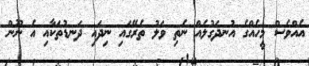
އެއްވެސް މީހެއްގެ އުނދަގުލެއް ނެތި ވަލު ތެރޭގައި ނިދައި ދަނޑުތަކާއި އެ ނޫން